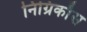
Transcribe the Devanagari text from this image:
निग्रिकाँस